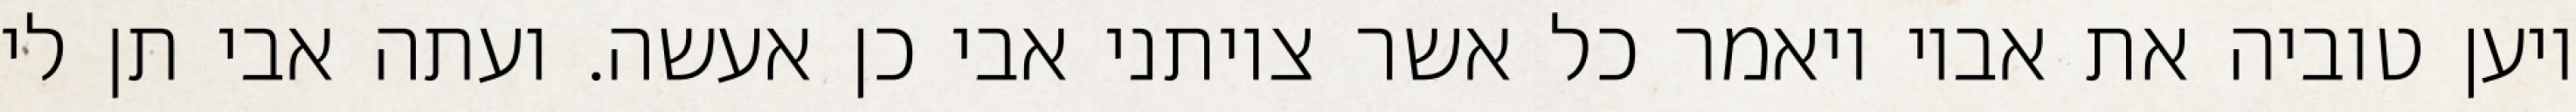
ויען טוביה את אביו ויאמר כל אשר צויתני אבי כן אעשה. ועתה אבי תן לי